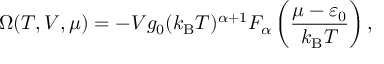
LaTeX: \Omega ( T , V , \mu ) = - V g _ { 0 } ( k _ { \mathrm { { B } } } T ) ^ { \alpha + 1 } F _ { \alpha } \left( { \frac { \mu - \varepsilon _ { 0 } } { k _ { \mathrm { { B } } } T } } \right) ,